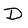
Character: D